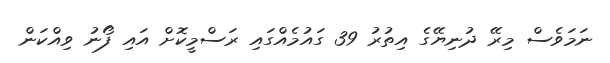
ނަމަވެސް މިރޭ ދުނިޔޭގެ އިތުރު 39 ގައުމެއްގައި ރަސްމީކޮށް އައި ފޯނު ވިއްކަން